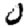
Digit: 0